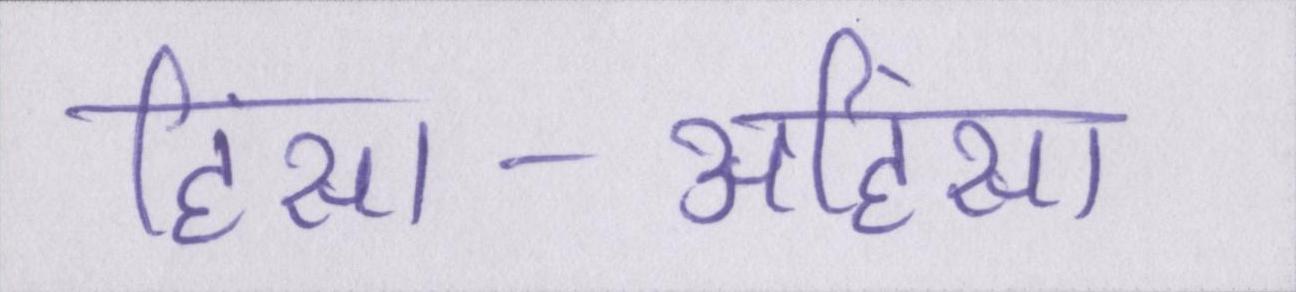
हिंसा-अहिंसा